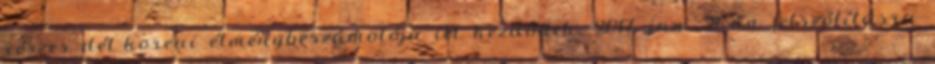
részes dél-koreai élménybeszámolója itt kezdődik. 2017. jan. 26-án felszólításra